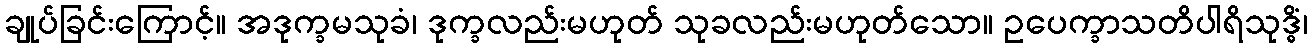
ချုပ်ခြင်းကြောင့်။ အဒုက္ခမသုခံ၊ ဒုက္ခလည်းမဟုတ် သုခလည်းမဟုတ်သော။ ဥပေက္ခာသတိပါရိသုဒ္ဓိံ၊